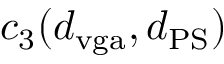
c _ { 3 } ( d _ { \mathrm { v g a } } , d _ { \mathrm { P S } } )